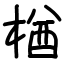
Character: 楢